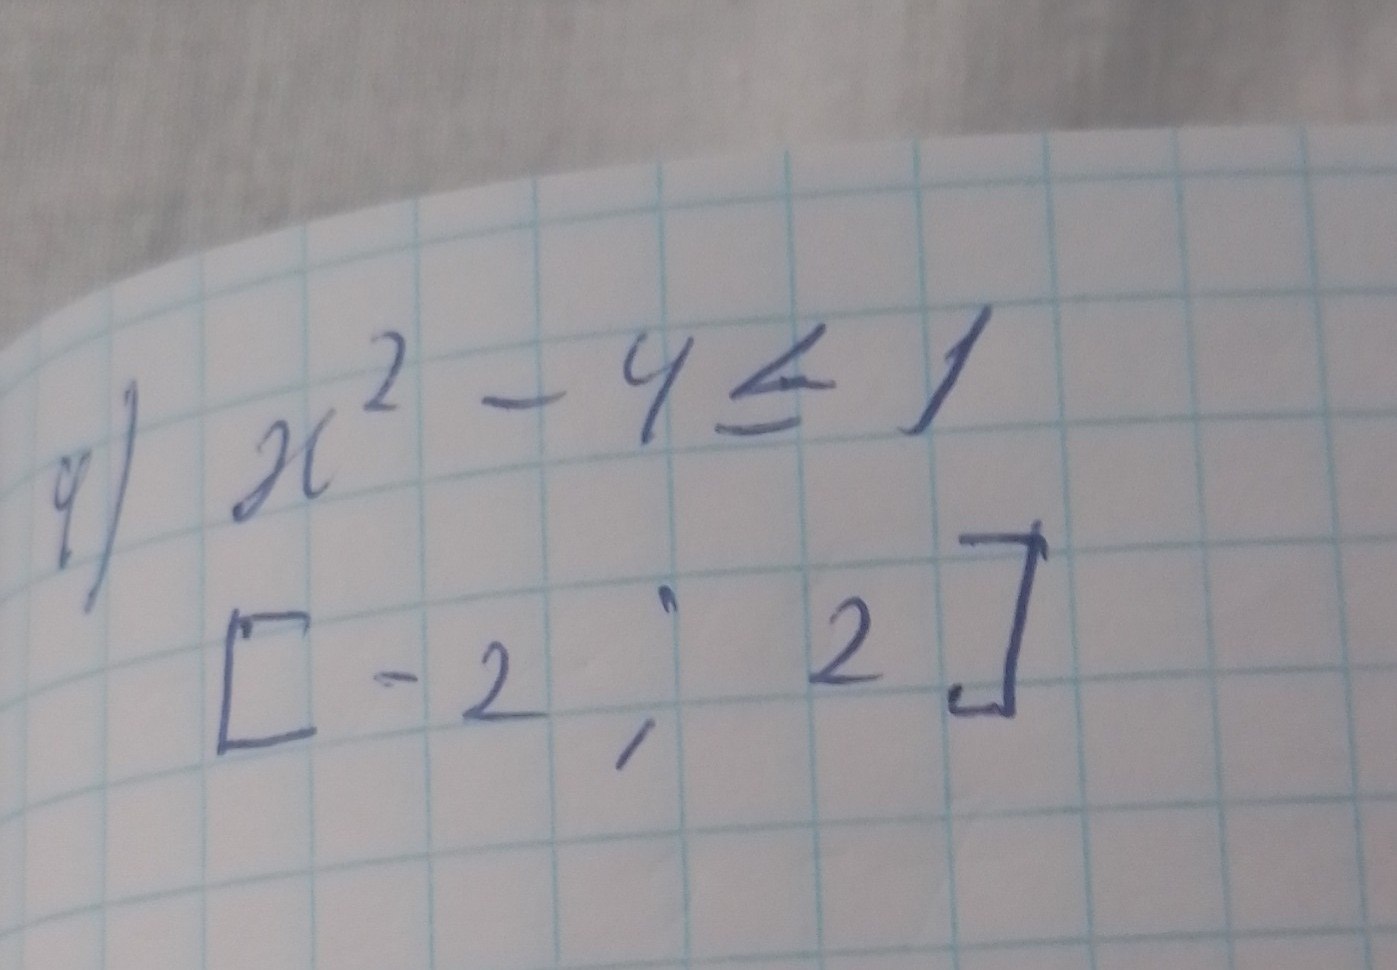
x^2 - 4 <= 1
4)
[-2; 2]